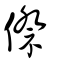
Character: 傺